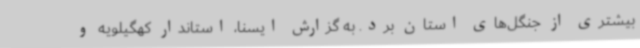
بیشتری از جنگل‌های استان برد. به گزارش ایسنا، استاندار کهگیلویه و